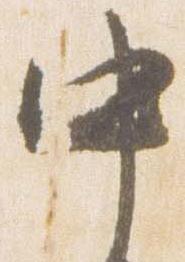
中